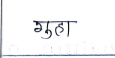
मजकूर: गुहा